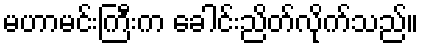
မဟာမင်းကြီးက ခေါင်းညိတ်လိုက်သည်။